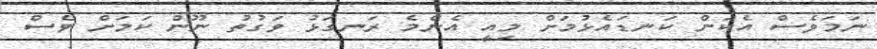
ނަމަވެސް އެކަން ކަނޑައެޅުމަށް މިއީ އެންމެ ރަނގަޅު ވަގުތު ނޫން ކަމަށް ވެސް